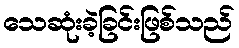
သေဆုံးခဲ့ခြင်းဖြစ်သည်